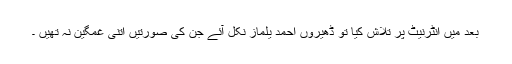
بعد میں انٹرنیٹ پر تلاش کیا تو ڈھیروں احمد یلماز نکل آئے جن کی صورتیں اتنی غمگین نہ تھیں ۔